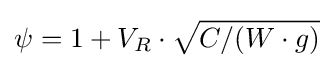
\psi =1+V_{R}\cdot {\sqrt {C/(W\cdot g)}}